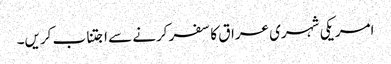
امریکی شہری عراق کا سفر کرنے سے اجتناب کریں۔